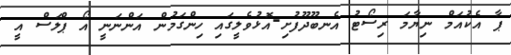
ޕާ އެކުއަމް ނިޔާމަ ރިސޯޓު އެނބޫދޫފުށި-އޮޅުވެލީގައި ހިންގަމުން އަންނަނީ އޯ ޕްލަސް އީ